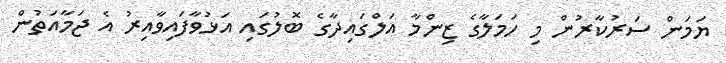
ޔަމަން ސަރުކާރުން މި ހަމަލާގެ ޒިންމާ އަލްގައިދާގެ ބޮލުގައި އަޅުވާފައިވާއިރު އެ ޖަމާއަތުން